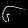
Digit: ၆